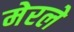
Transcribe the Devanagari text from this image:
मेरले